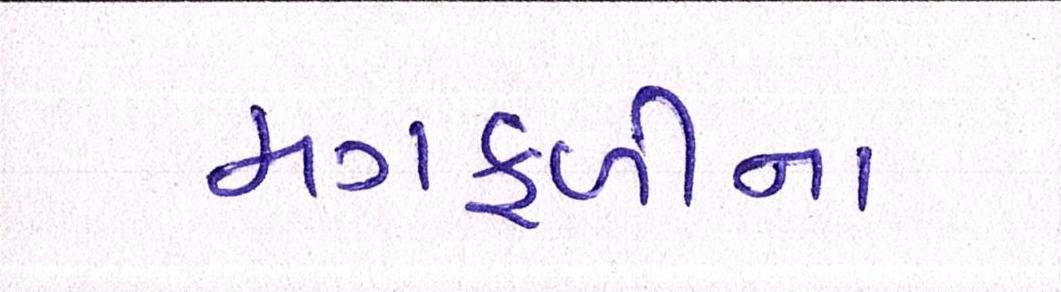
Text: મગફળીના